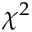
\chi ^ { 2 }